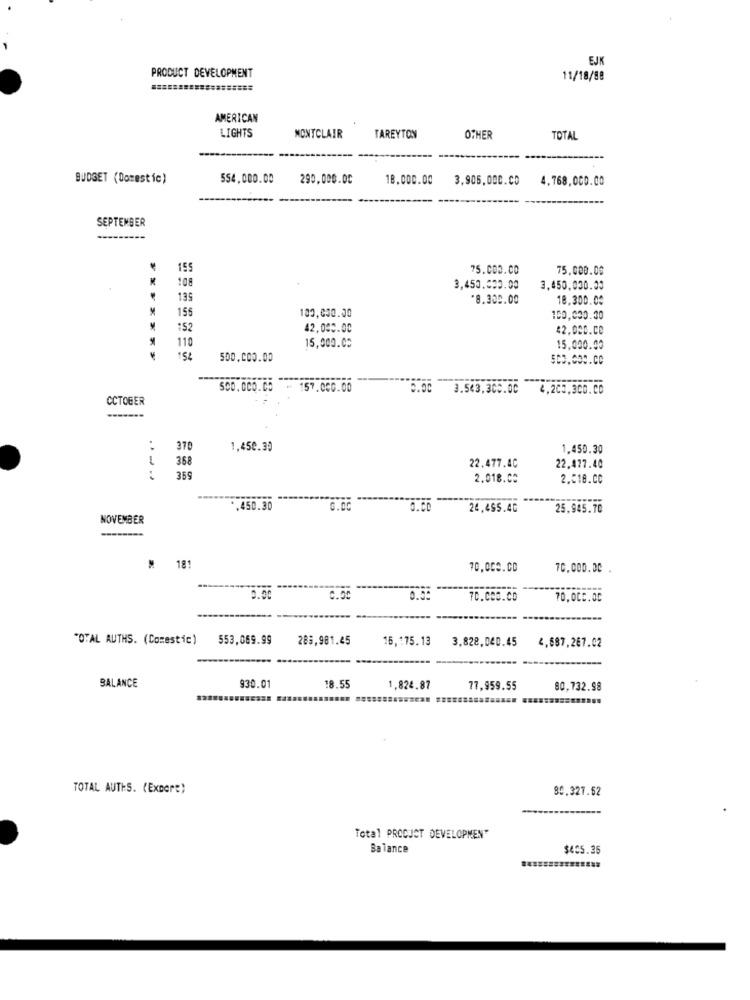
EJK
PRODUCT DEVELOPMENT
11/18/88
AMERICAN
LIGHTS
MONTCLAIR
TAREYTON
OTHER
TOTAL
BUDGET (Domestic)
554,000.00
290.000.00
18.000.00
3,906.000.CO
4.768,000.00
SEPTEMBER
155
75.000.00
75.000.00
108
3,450.000.00
3,450,000.00
135
*8.300.00
18.300.00
155
100,000.00
100,000.30
152
42,000.00
42.000.ce
110
15,000.00
15.000.00
500.000.00
500.000.00
157.000.00
3.543,300.00
4,203.300.00
OCTOBER
-------
. .
370
1,450.30
1.450.30
-
368
22.477.40
22.477.40
359
2.018.00
2.518.CC
.450.30
0.00
24,495.40
25.945.70
NOVEMBER
--------
M 181
70.000.00
70.000.00
0.55
70.000.CD
70,000.00
"OTAL AUTHS. (Comestic)
553,069.99
289,981.45
16,175.13
3,828,040.45
4,687,267.02
BALANCE
930.01
18.55
1.824.87
77,959.55
80,732.98
TOTAL AUTHS. (ExDorE)
80.327.62
Total PRODUCT DEVELOPMENT
Balance
$405.35